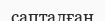
сапталған